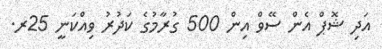
އަދި ޝޮޕް އެން ސޭވް އިން 500 ގުރާމުގެ ކަދުރު ވިއްކަނީ 25ރ.